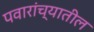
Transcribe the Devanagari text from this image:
पवारांच्यातील